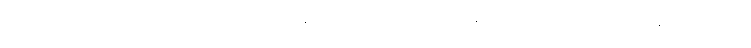
ဒွတ္တိံသမဟာပုရိသလက္ခဏေဟိ နိဝါသာပေသိ မာနေတဗ္ဗော သညိဿ နတ္ထညတြ